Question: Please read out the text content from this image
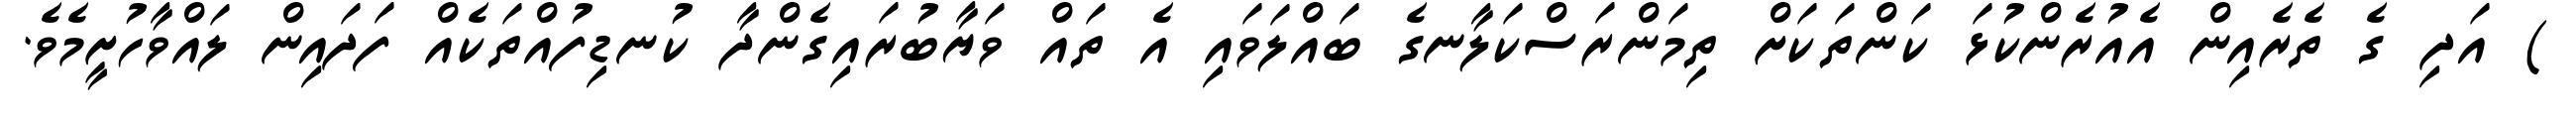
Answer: ) އަދި ގެ ތެރެއިން އެއުރެންކުޅަ ކަންތަކަށް ތިމަންރަސްކަލާނގެ ބައްލަވައި އެ ތައް ވަޔާބުރައިގެންދާ ކުނޑިފުއްތަކެއް ފަދައިން ލައްވާހުށީމެވެ.